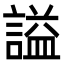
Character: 謚